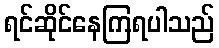
ရင်ဆိုင်နေကြရပါသည်